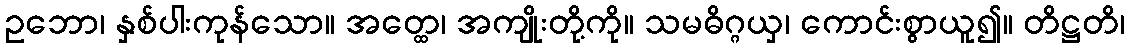
ဥဘော၊ နှစ်ပါးကုန်သော။ အတ္ထေ၊ အကျိုးတို့ကို။ သမဓိဂ္ဂယှ၊ ကောင်းစွာယူ၍။ တိဋ္ဌတိ၊